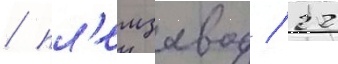
/ пл'емзавод / 22